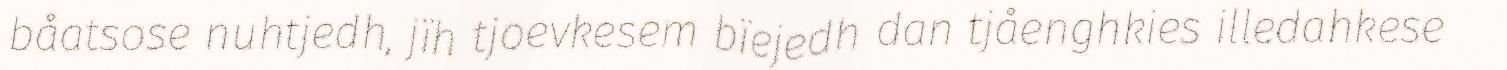
båatsose nuhtjedh, jïh tjoevkesem bïejedh dan tjåenghkies illedahkese